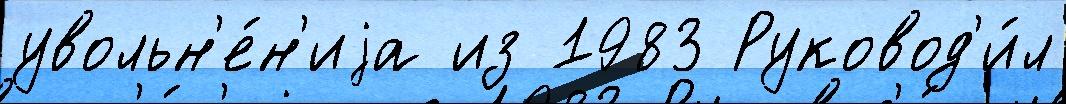
увольн'е́н'иjа из 1983 Руковод'и́л